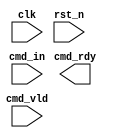
module SPI #(
    parameter CMD_WIDTH = 12,
    parameter READ_WIDTH = 8
) (
    input clk,
    input rst_n,
    input [CMD_WIDTH-1:0] cmd_in,
    output cmd_rdy,
    input cmd_vld
);
    
endmodule